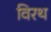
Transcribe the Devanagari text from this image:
विरथ